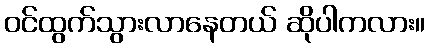
ဝင်ထွက်သွားလာနေတယ် ဆိုပါကလား။